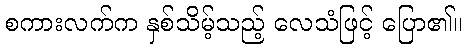
စကားလက်က နှစ်သိမ့်သည့် လေသံဖြင့် ပြော၏။